Reports on dispensaries and lunatic asylums in the Province of Oudh - 1869-1876
Year: 1869
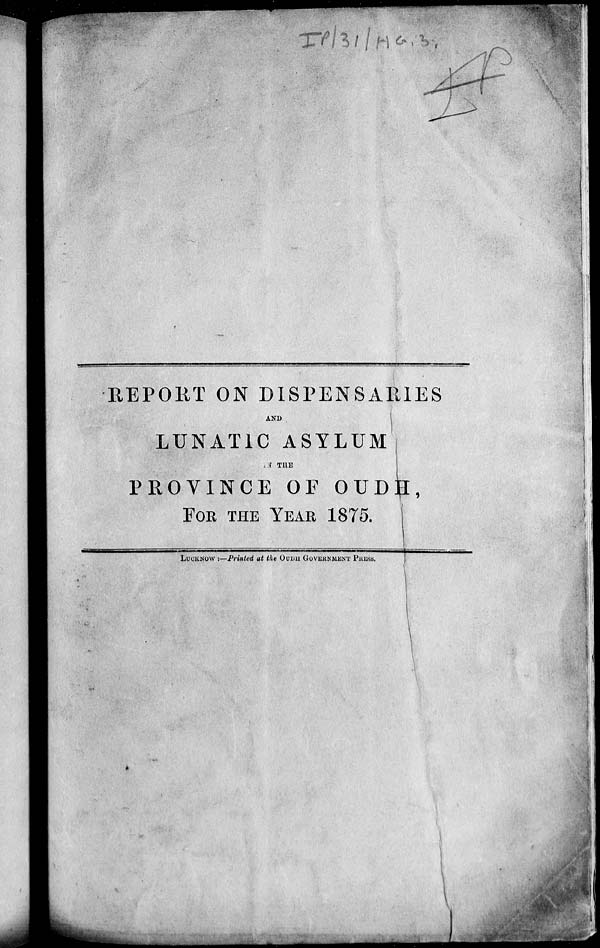
REPORT ON DISPENSARIES
AND
LUNATIC ASYLUM
IN THE
PROVINCE OF OUDH,
FOR THE YEAR 1875.
LUCKNOW:—Printed at the OUDH GOVERNMENT PRESS.